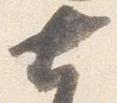
七